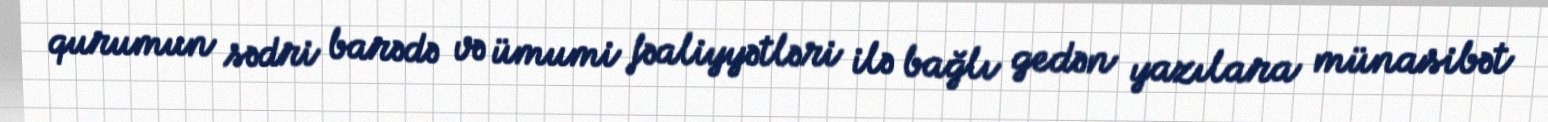
qurumun sədri barədə və ümumi fəaliyyətləri ilə bağlı gedən yazılara münasibət